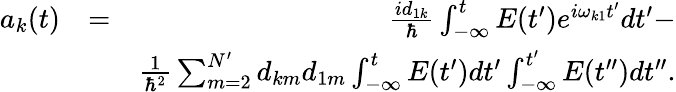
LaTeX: \begin{array}{rlr}{a_{k}(t)}&{=}&{\frac{id_{1k}}{\hbar}\int_{-\infty}^{t}E(t^{\prime})e^{i\omega_{k1}t^{\prime}}dt^{\prime}-}\\ &{}&{\frac{1}{\hbar^{2}}\sum_{m=2}^{N^{\prime}}d_{km}d_{1m}\int_{-\infty}^{t}E(t^{\prime})dt^{\prime}\int_{-\infty}^{t^{\prime}}E(t^{\prime\prime})dt^{\prime\prime}.}\end{array}